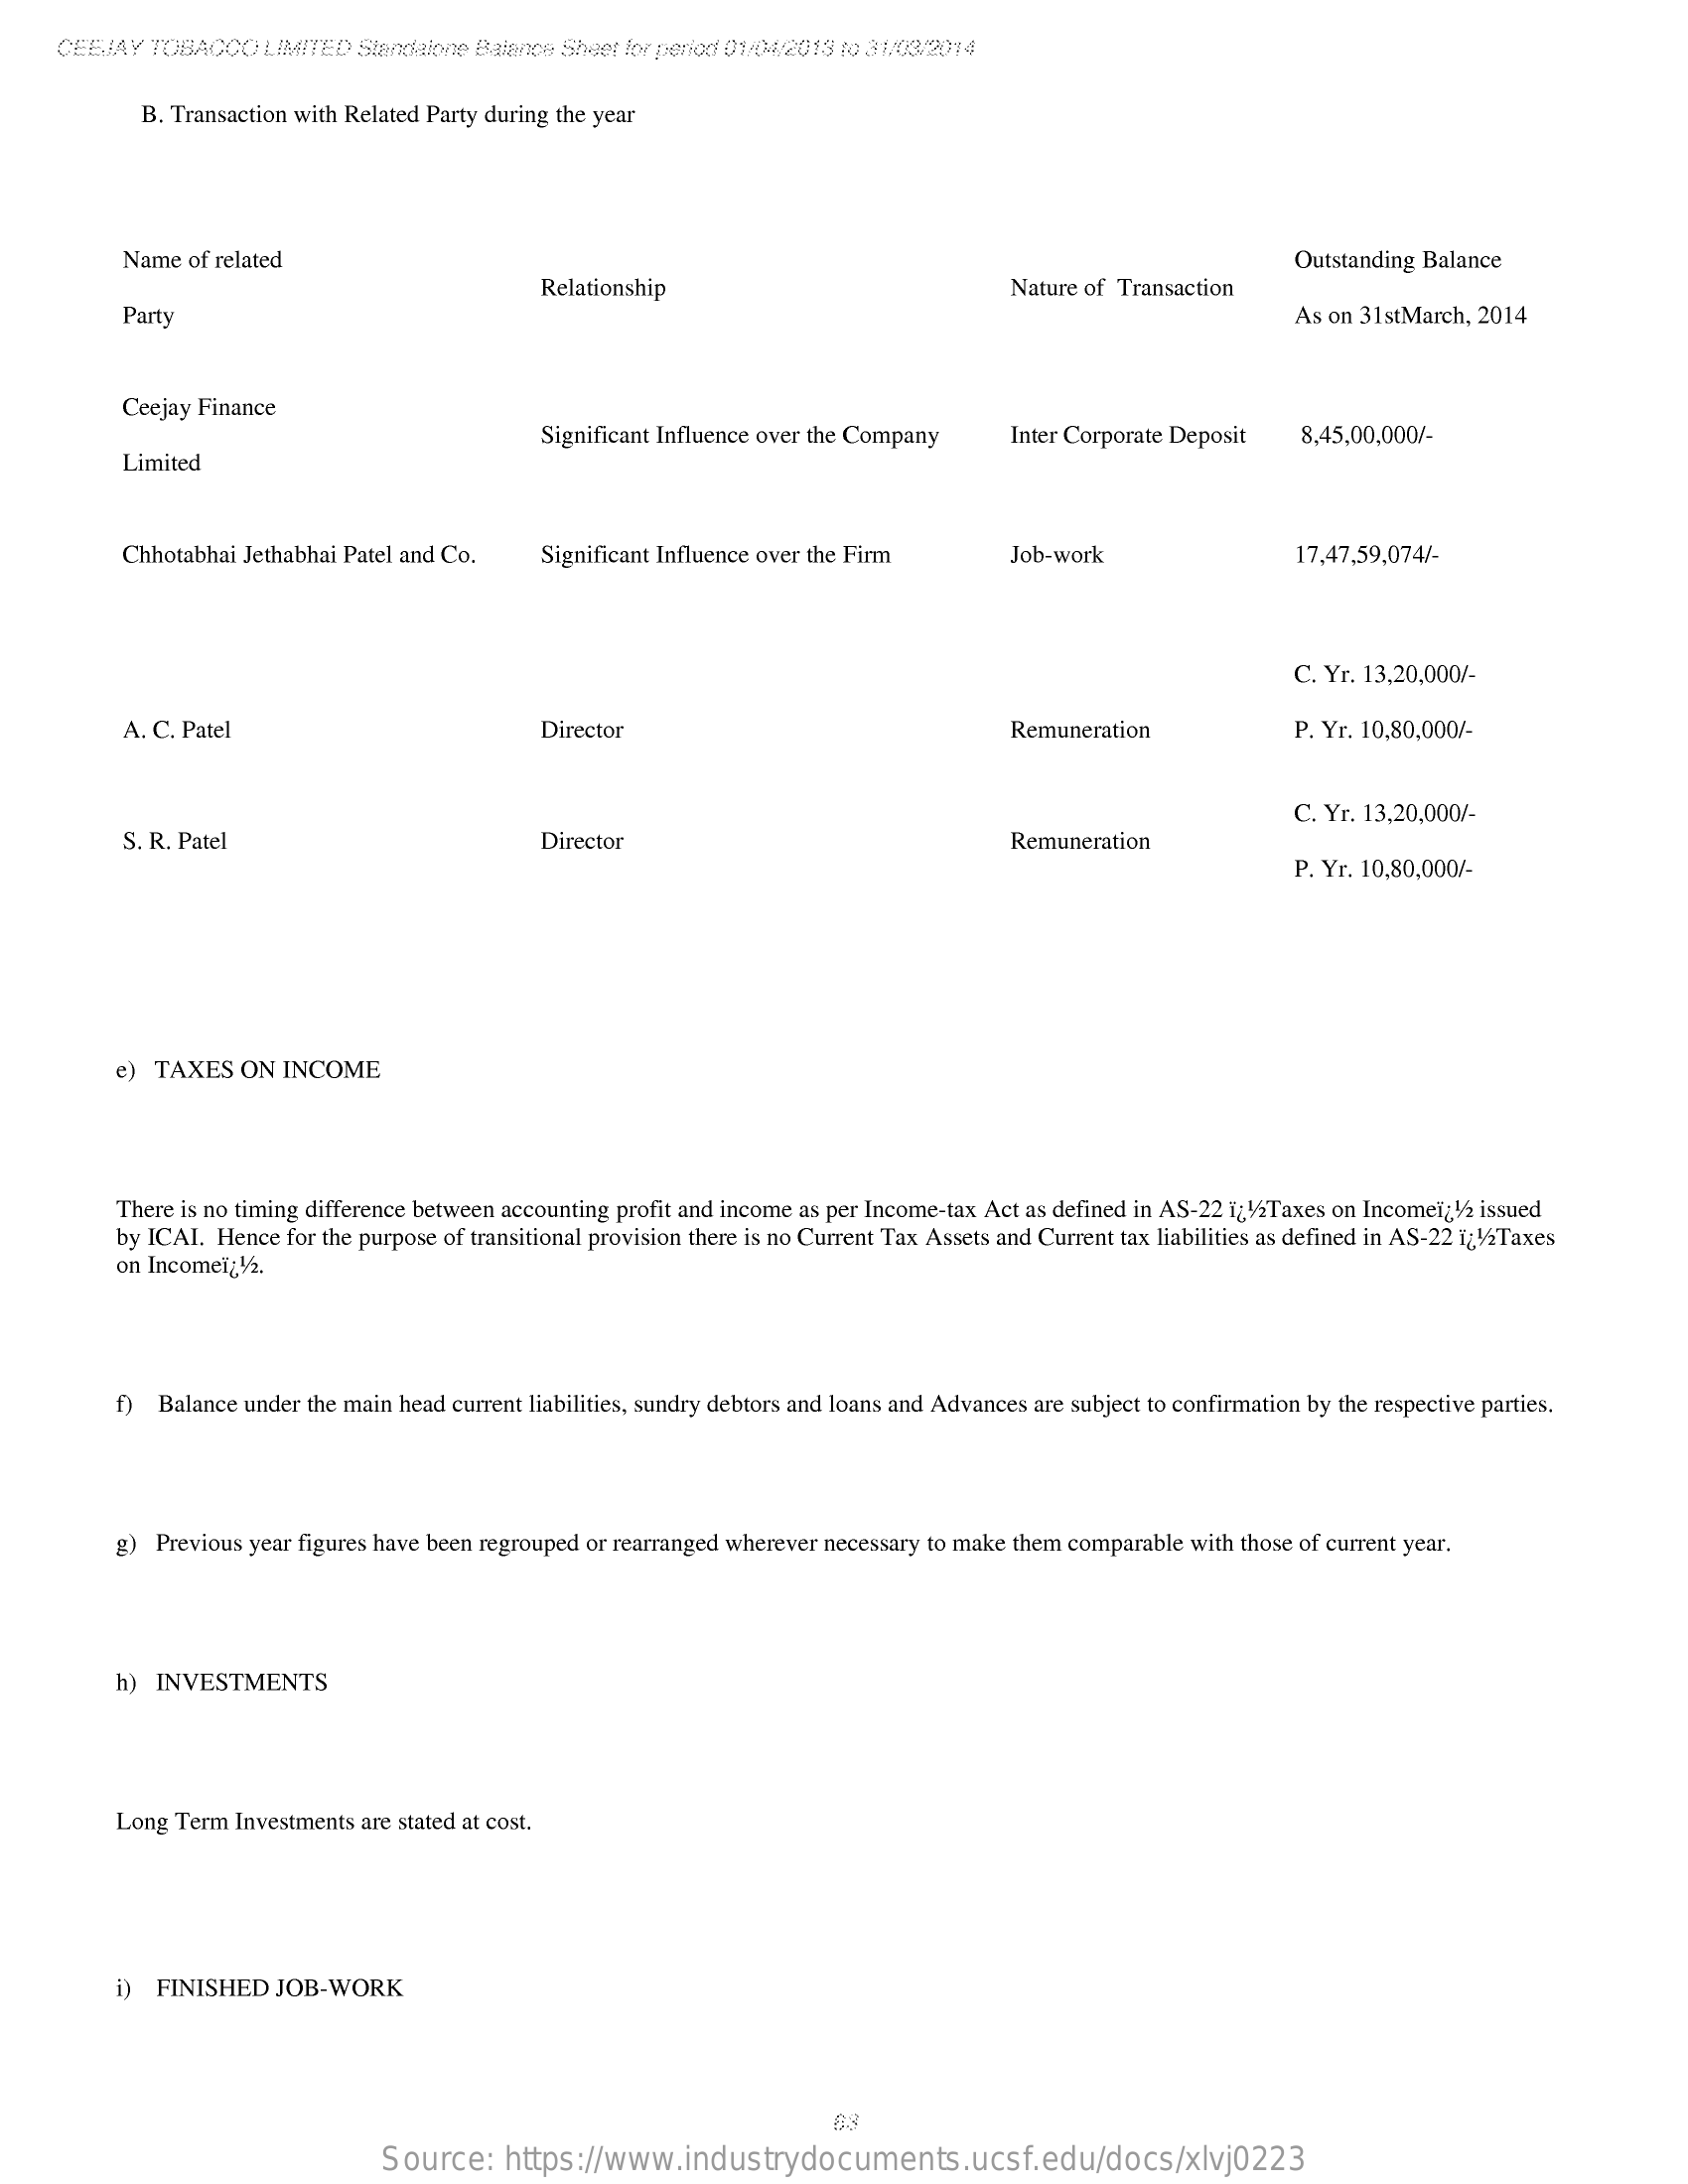
CEEJAY  TOBACCO  LIMITED  Standalone Balance Sheet for period 01/04/2013 (0 31/03/2014
     B. Transaction with Related Party during the year
     Name of related    Outstanding Balance
     Relationship    Nature of Transaction
     Party    As on 31 stMarch, 2014
     Ceejay Finance
     Significant Influence over the Company  Inter Corporate Deposit  8,45,00,000/-
     Limited
     Chhotabhai Jethabhai Patel and Co.  Significant Influence over the Firm    Job-work    17,47,59,074/-
     C. Yr. 13,20,000/-
     A. C. Patel    Director    Remuneration    P. Yr. 10,80,000/-
     C. Yr. 13,20,000/-
     S. R. Patel    Director    Remuneration
     P. Yr. 10,80,000/-
     e) TAXES  ON  INCOME
     There is no timing difference between accounting profit and income as per Income-tax Act as defined in AS-22 ï¿1/2Taxes on Incomeï¿1/2 issued
     by ICAI. Hence for the purpose of transitional provision there is no Current Tax Assets and Current tax liabilities as defined in AS-22 121/2Taxes
     on Incomeï¿1/2.
     f) Balance under the main head current liabilities, sundry debtors and loans and Advances are subject to confirmation by the respective parties.
     g) Previous year figures have been regrouped or rearranged wherever necessary to make them comparable with those of current year.
     h) INVESTMENTS
     Long Term Investments are stated at cost,
     i) FINISHED   JOB-WORK
     Source:    https://www.industrydocuments.ucsf.edu/docs/xlvj0223